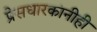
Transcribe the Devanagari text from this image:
प्रेसधारकांनीही